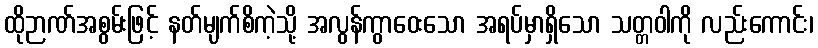
ထိုဉာဏ်အစွမ်းဖြင့် နတ်မျက်စိကဲ့သို့ အလွန်ကွာဝေးသော အရပ်မှာရှိသော သတ္တဝါကို လည်းကောင်း၊